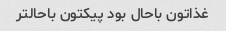
غذاتون باحال بود پیکتون باحالتر